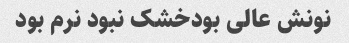
نونش عالی بودخشک نبود نرم بود